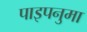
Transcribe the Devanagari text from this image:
पाइपनुमा